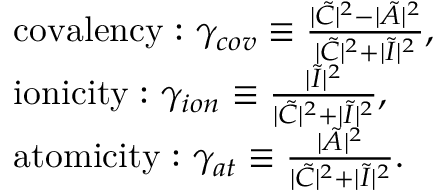
\begin{array} { r l } & { \mathrm { c o v a l e n c y : ~ } \gamma _ { c o v } \equiv \frac { | \tilde { C } | ^ { 2 } - | \tilde { A } | ^ { 2 } } { | \tilde { C } | ^ { 2 } + | \tilde { I } | ^ { 2 } } , } \\ & { \mathrm { i o n i c i t y : ~ } \gamma _ { i o n } \equiv \frac { | \tilde { I } | ^ { 2 } } { | \tilde { C } | ^ { 2 } + | \tilde { I } | ^ { 2 } } , } \\ & { \mathrm { a t o m i c i t y : ~ } \gamma _ { a t } \equiv \frac { | \tilde { A } | ^ { 2 } } { | \tilde { C } | ^ { 2 } + | \tilde { I } | ^ { 2 } } . } \end{array}